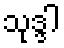
သုဒ္ဒါ